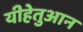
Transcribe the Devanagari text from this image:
यीहेतुआन